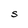
Character: S